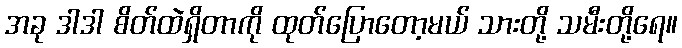
အခု ဒါဒါ စိတ်ထဲရှိတာကို ထုတ်ပြောတော့မယ် သားတို့ သမီးတို့ရေ။